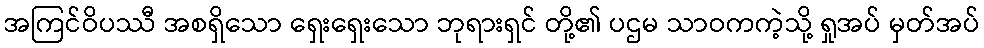
အကြင်ဝိပဿီ အစရှိသော ရှေးရှေးသော ဘုရားရှင် တို့၏ ပဌမ သာဝကကဲ့သို့ ရှုအပ် မှတ်အပ်